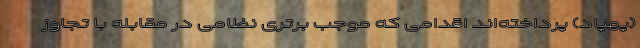
(پهپاد) پرداخته‌اند اقدامی که موجب برتری نظامی در مقابله با تجاوز